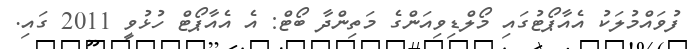
ފުވައްމުލަކު އެއާޕޯޓުގައި މޯލްޑިވިއަންގެ މަތިންދާ ބޯޓް: އެ އެއާޕޯޓް ހުޅުވީ 2011 ގަައި.